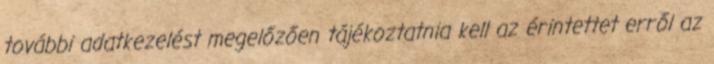
további adatkezelést megelőzően tájékoztatnia kell az érintettet erről az